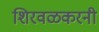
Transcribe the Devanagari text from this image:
शिरवळकरनी